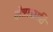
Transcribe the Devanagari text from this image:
क्षेत्रासाठि